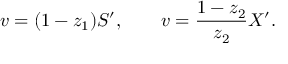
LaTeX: v = ( 1 - z _ { 1 } ) S ^ { \prime } , \qquad v = { \frac { 1 - z _ { 2 } } { z _ { 2 } } } X ^ { \prime } .